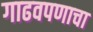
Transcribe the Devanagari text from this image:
गाढवपणाचा